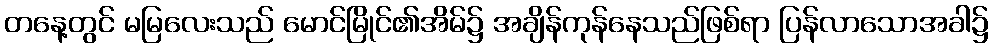
တနေ့တွင် မမြလေးသည် မောင်မြိုင်၏အိမ်၌ အချိန်ကုန်နေသည်ဖြစ်ရာ ပြန်လာသောအခါ၌